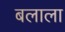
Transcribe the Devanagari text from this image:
बलाला